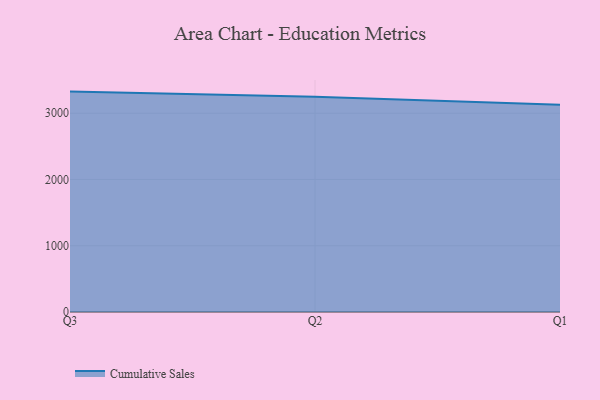
{"axis": {"x": "Quarter", "y": "Active Users"}, "legend": ["Cumulative Sales"], "data": [{"x": "Q3", "y": 3326.1, "type": "Cumulative Sales"}, {"x": "Q2", "y": 3247.0, "type": "Cumulative Sales"}, {"x": "Q1", "y": 3126.0, "type": "Cumulative Sales"}]}